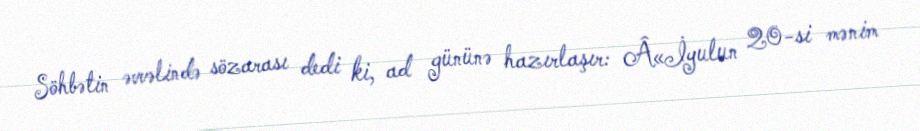
Söhbətin əvvəlində sözarası dedi ki, ad gününə hazırlaşır: Â«İyulun 20-si mənim